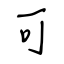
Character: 可